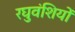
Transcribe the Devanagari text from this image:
रघुवंशियों